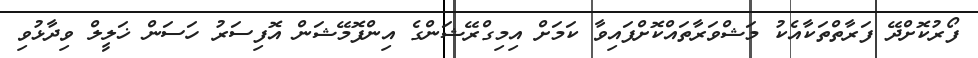
ފޯރުކޮށްދޭ ފަރާތްތަކާއެކު މަޝްވަރާތައްކޮށްފައިވާ ކަމަށް އިމިގްރޭޝަންގެ އިންފޮމޭޝަން އޮފިސަރު ހަސަން ޚަލީލް ވިދާޅުވި